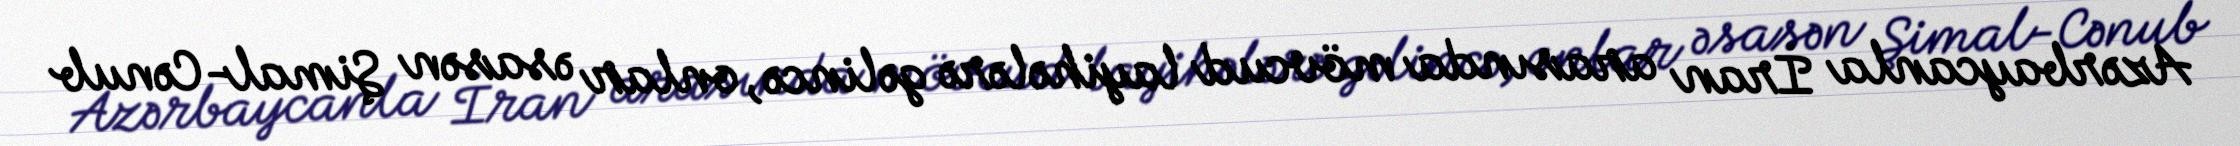
Azərbaycanla İran arasında mövcud layihələrə gəlincə, onlar əsasən Şimal-Cənub